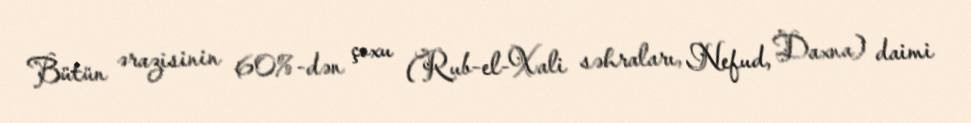
Bütün ərazisinin 60%-dən çoxu (Rub-el-Xali səhraları, Nefud, Daxna) daimi